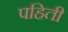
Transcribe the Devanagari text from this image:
पहिती